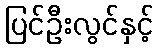
ပြင်ဦးလွင်နှင့်